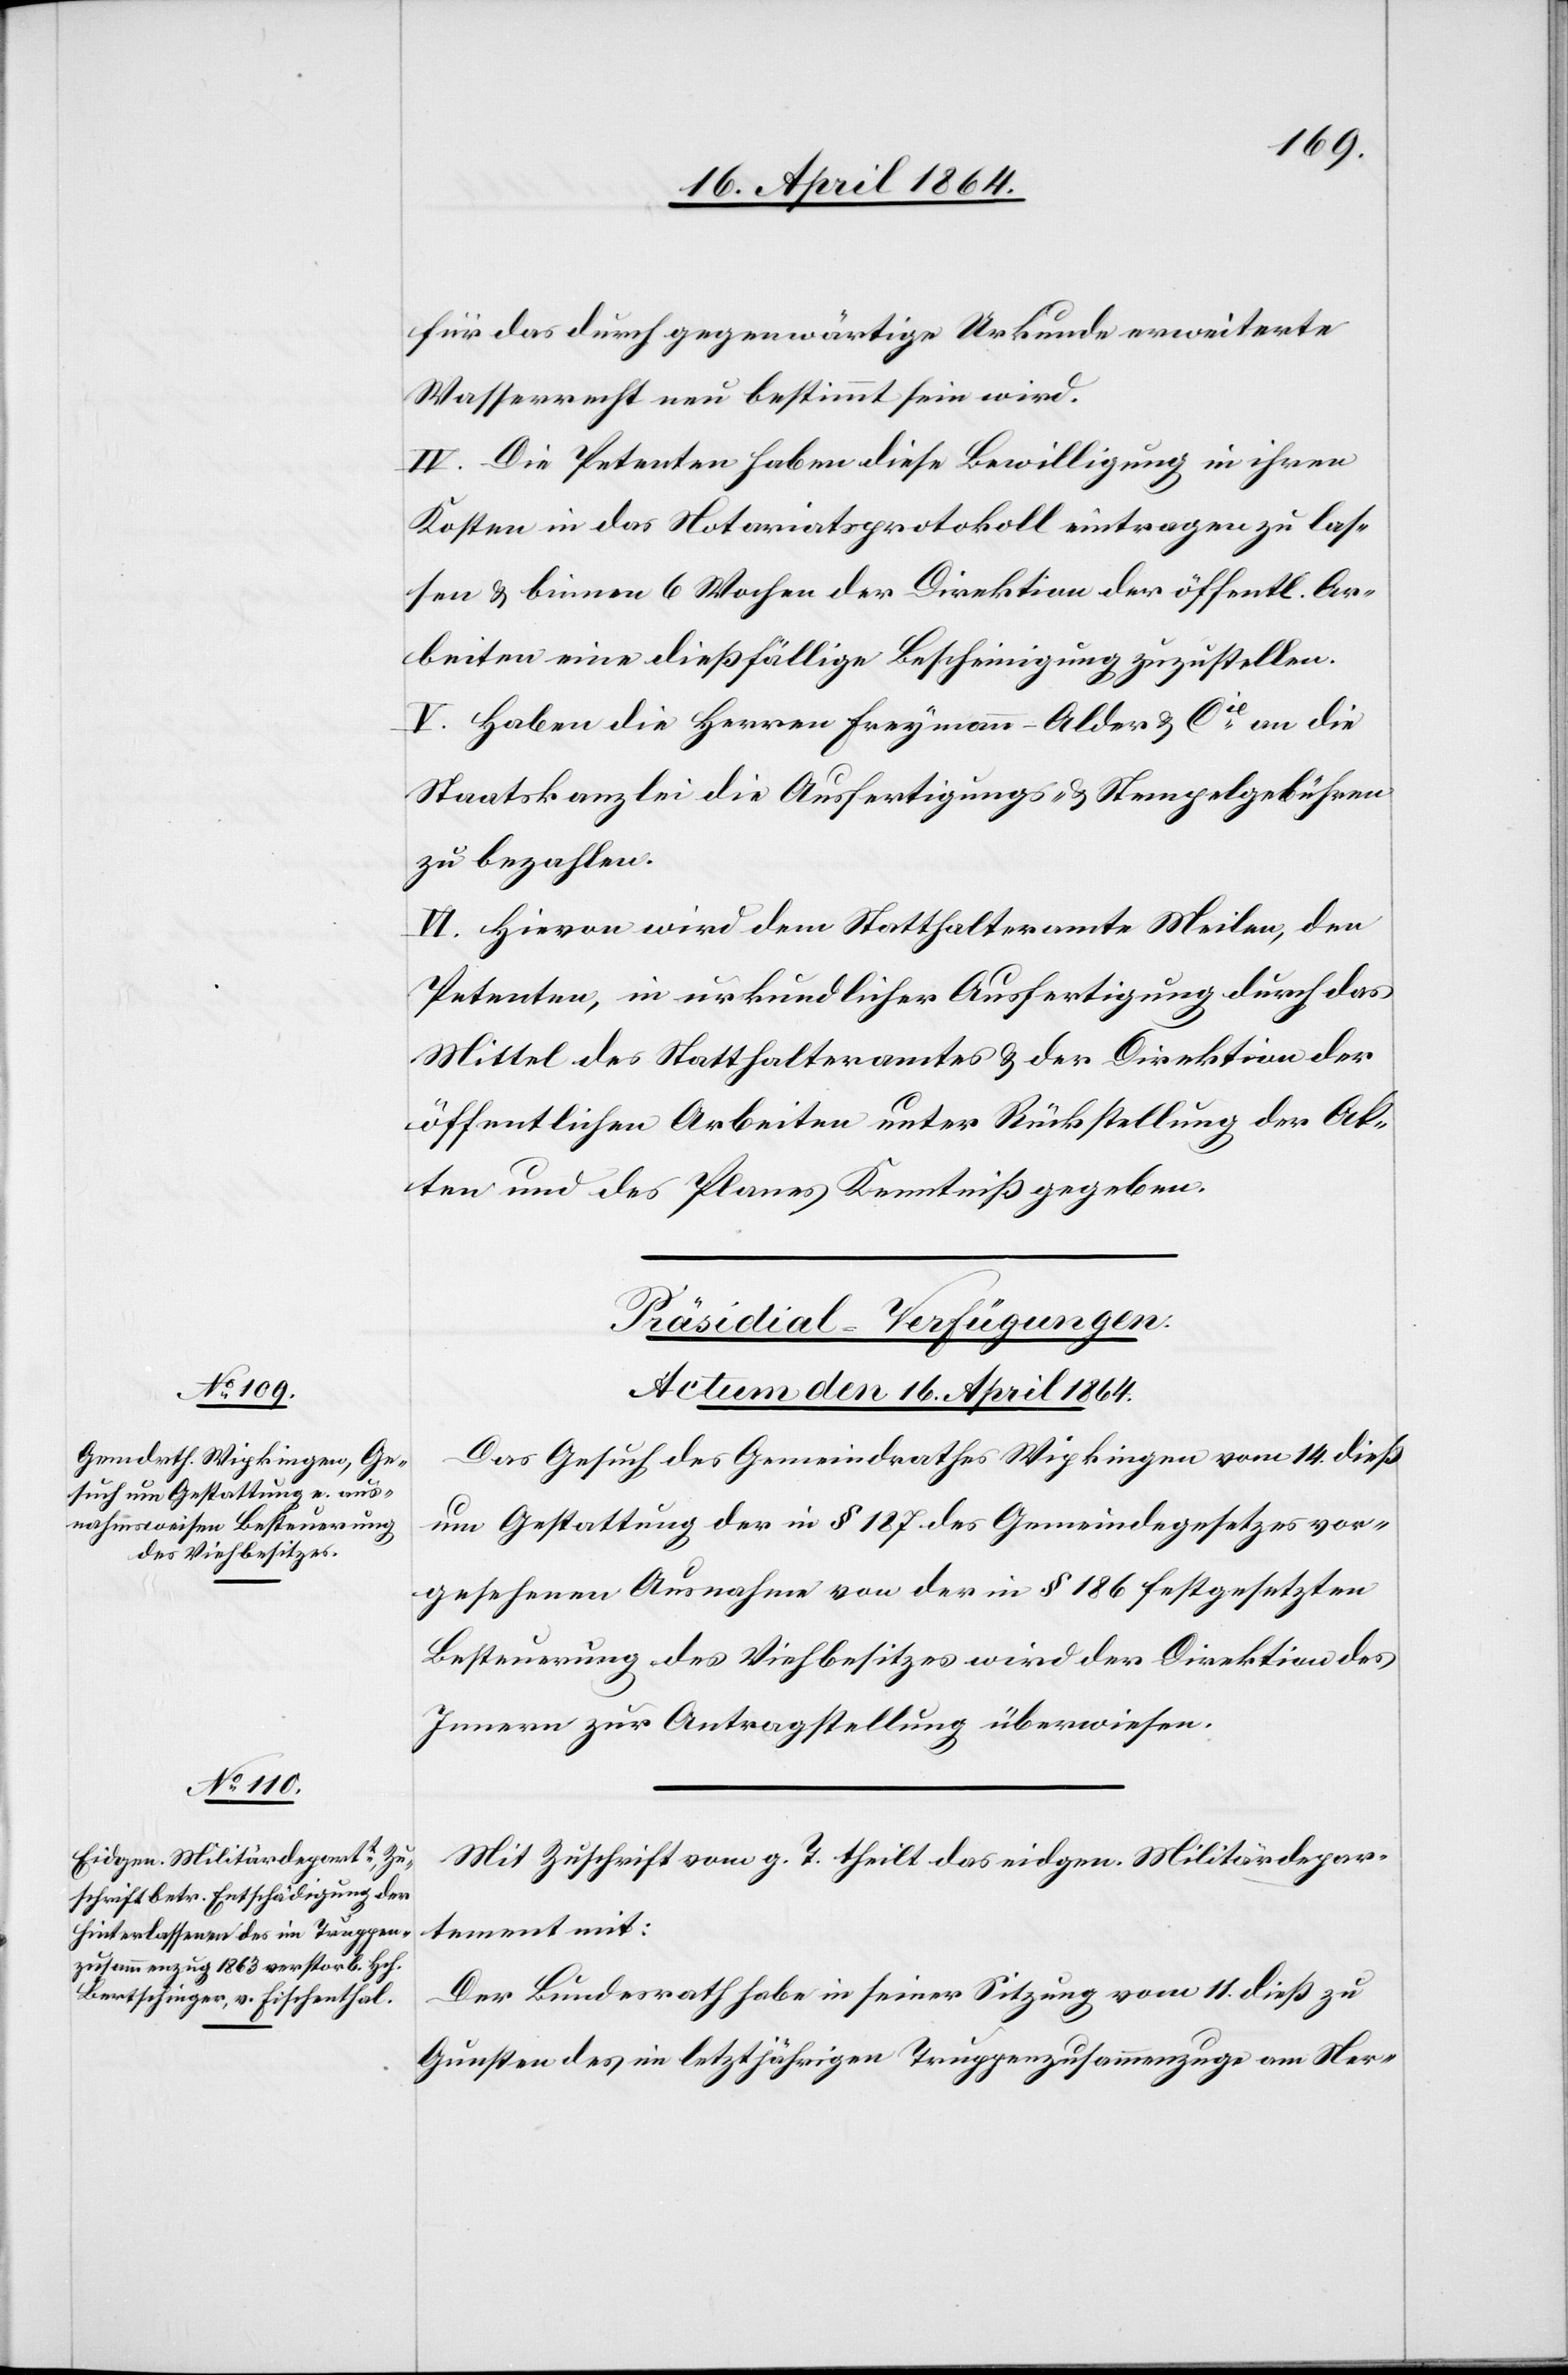
für das durch gegenwärtige Urkunde erweiterte
Wasserrecht neu bestimmt sein wird.
IV. Die Petenten haben diese Bewilligung in ihren
Kosten in das Notariatsprotokoll eintragen zu las¬
sen u. binnen 6 Wochen der Direktion der öffentl. Ar¬
beiten eine dießfällige Bescheinigung zuzustellen.
V. Haben die Herren Freymann-Alder & Cie an die
Staatskanzlei die Ausfertigungs- u. Stempelgebühren
zu bezahlen.
VI. Hievon wird dem Statthalteramte Meilen, den
Petenten, in urkundlicher Ausfertigung durch das
Mittel des Statthalteramtes u. der Direktion der
öffentlichen Arbeiten unter Rückstellung der Ak¬
ten und des Planes Kenntniß gegeben.
[Präsidial-Verfügungen.
Actum den 16. April 1864.]
Das Gesuch des Gemeindrathes Wipkingen vom 14. dieß
um Gestattung der in § 187 des Gemeindegesetzes vor¬
gesehenen Ausnahme von der in § 186 festgesetzten
Besteuerung des Viehbesitzes wird der Direktion des
Innern zur Antragstellung überwiesen.
Mit Zuschrift vom g. T. theilt das eidgen. Militärdepar¬
tement mit:
Der Bundesrath habe in seiner Sitzung vom 11. dieß zu
Gunsten des im letztjährigen Truppenzusammenzuge am Ner-